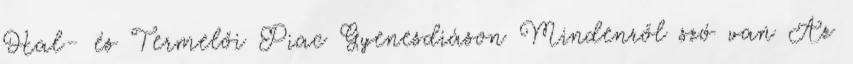
Hal- és Termelői Piac Gyenesdiáson Mindenről szó van Az